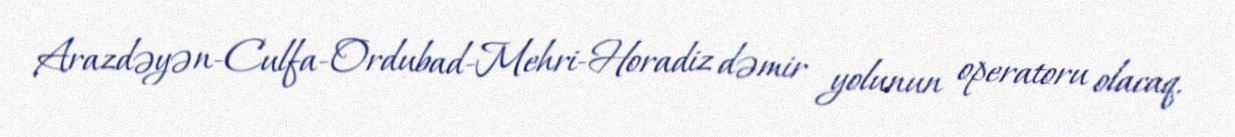
Arazdəyən-Culfa-Ordubad-Mehri-Horadiz dəmir yolunun operatoru olacaq.